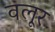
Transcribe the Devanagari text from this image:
वलूर